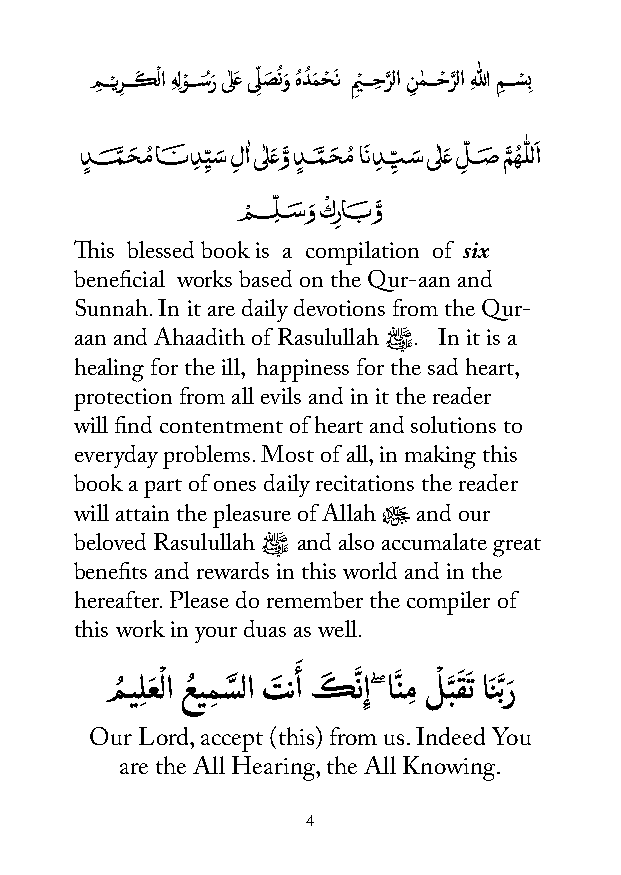
مِ ــْـيرِـــكَ ْ لا ِهِلوْـــسُرَ ىٰلعَ ىِّلصَ ُنوَ هُدُمَ حْ ـَن م ِْيـــحِ رَّلا نِ م� ـــحْ رَّلا ِهللا مِـــسْ ِب
 � � � �� � � ٰ ٰ َ َّ � � � َ� � � ٰ َ � � َّ � � َ
 دٍ ـــــــ�م ـ�ح ـ�م اـــــــ�ن دِ �ي�ِي� لِ ا ىلع و دٍ ـــ�م ـ�ح ـ�م ا�دِ ــــ�ِ�ِّ ـ�س ىلع ل
 ِ
 ـــ�م مه�ـ�ل لا
 ْ � � َ ْ � َّ
 مـــــــ�ل�ـــ�م و كر ِاـــــ�ـ�ب و
 This blessed book is a compilation of six
 beneficial works based on the Qur-aan and
 Sunnah. In it are daily devotions from the Qur-
 aan and Ahaadith of Rasulullah ﷺ. In it is a
 healing for the ill, happiness for the sad heart,
 protection from all evils and in it the reader
 will find contentment of heart and solutions to
 everyday problems. Most of all, in making this
 book a part of ones daily recitations the reader
 will attain the pleasure of Allah ﷻ and our
 beloved Rasulullah ﷺ and also accumalate great
 benefits and rewards in this world and in the
 hereafter. Please do remember the compiler of
 this work in your duas as well.
 َ
 مُ يِلعَ ْ لا عُ يمِ سَّ لا تَ نأ كَ َّ نِإ ۖ انَّ مِ لْ بَّ قَ َ ت اَنَّبرَ
 Our Lord, accept (this) from us. Indeed You
 are the All Hearing, the All Knowing.
 4